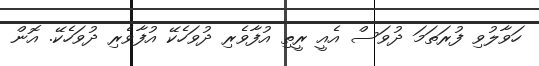
ހަވާލުވި ފުރަތަމަ ދުވަސް އެއީ ރީތި އުފާވެރި ދުވަހެކޭ އުފާވެރި ދުވަހެކޭ. އޮން